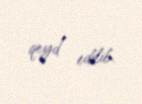
qeyd edilib.